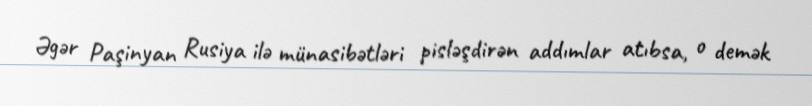
Əgər Paşinyan Rusiya ilə münasibətləri pisləşdirən addımlar atıbsa, o demək